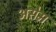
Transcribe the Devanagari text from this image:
असेम